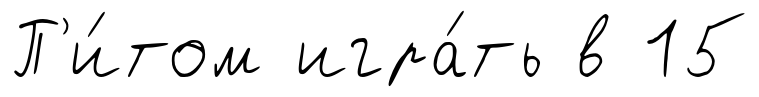
П'и́том игра́ть в 15